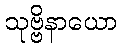
သုဗ္ဗိနာယော